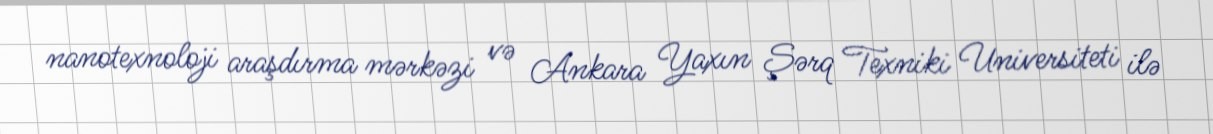
nanotexnoloji araşdırma mərkəzi və Ankara Yaxın Şərq Texniki Universiteti ilə